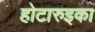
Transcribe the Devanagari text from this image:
होटारुइका